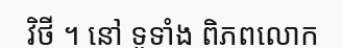
វិថី ។ នៅ ទូទាំង ពិភពលោក